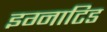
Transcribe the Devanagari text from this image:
इग्नाटिड